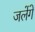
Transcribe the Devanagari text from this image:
जलेंगे